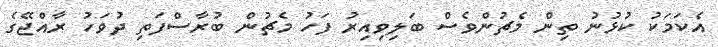
އެކަމަކު ކުޅުނު ތިން މެޗުންވެސް ބަލިވިއިރު ފަހު މެޗުން ބުރާސްފަތި ދުވަހު ރާއްޖޭގެ